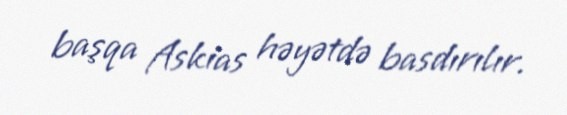
başqa Askias həyətdə basdırılır.